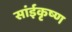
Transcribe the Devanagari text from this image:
सांईकृष्‍ण